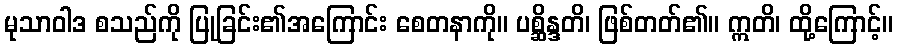
မုသာဝါဒ စသည်ကို ပြုခြင်း၏အကြောင်း စေတနာကို။ ပစ္ဆိန္ဒတိ၊ ဖြစ်တတ်၏။ ဣတိ၊ ထို့ကြောင့်။